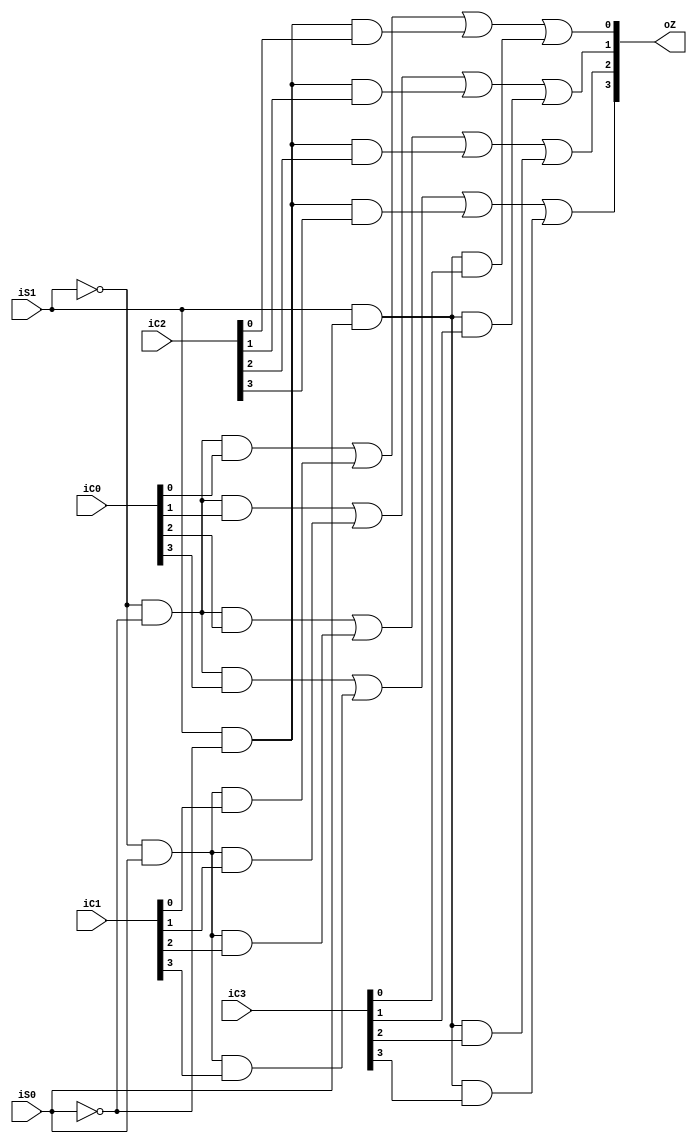
`timescale 1ns / 1ps
//////////////////////////////////////////////////////////////////////////////////
// Company: 
// Engineer: 
// 
// Design Name: 
// Module Name: mux
// Project Name: 
// Target Devices: 
// Tool Versions: 
// Description: 
// 
// Dependencies: 
// 
// Revision:
// Revision 0.01 - File Created
// Additional Comments:
// 
//////////////////////////////////////////////////////////////////////////////////


module selector41(
    input [3:0] iC0,
    input [3:0] iC1,
    input [3:0] iC2,
    input [3:0] iC3,
    input iS1,
    input iS0,
    output [3:0] oZ
    );
    assign oZ[0]=(~iS1&~iS0&iC0[0])|(~iS1&iS0&iC1[0])|(iS1&~iS0&iC2[0])|(iS1&iS0&iC3[0]);
    assign oZ[1]=(~iS1&~iS0&iC0[1])|(~iS1&iS0&iC1[1])|(iS1&~iS0&iC2[1])|(iS1&iS0&iC3[1]);
    assign oZ[2]=(~iS1&~iS0&iC0[2])|(~iS1&iS0&iC1[2])|(iS1&~iS0&iC2[2])|(iS1&iS0&iC3[2]);
    assign oZ[3]=(~iS1&~iS0&iC0[3])|(~iS1&iS0&iC1[3])|(iS1&~iS0&iC2[3])|(iS1&iS0&iC3[3]);
endmodule